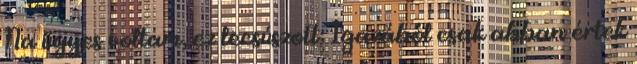
Na ügyes voltam, ez lecsúszott: Igazából csak abban értek